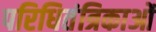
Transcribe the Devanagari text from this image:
परिधितंत्रिकाओं